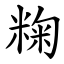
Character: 粷